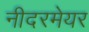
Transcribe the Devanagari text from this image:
नीदरमेयर